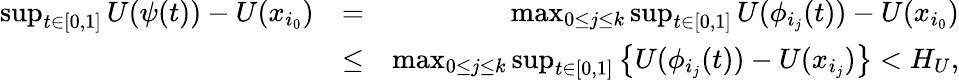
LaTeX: \begin{array}{rlr}{\sup_{t\in[0,1]}U(\psi(t))-U(x_{i_{0}})}&{=}&{\max_{0\le j\le k}\sup_{t\in[0,1]}U(\phi_{i_{j}}(t))-U(x_{i_{0}})}\\ &{\le}&{\max_{0\le j\le k}\sup_{t\in[0,1]}\big\{ U(\phi_{i_{j}}(t))-U(x_{i_{j}})\big\} <H_{U},}\end{array}